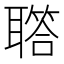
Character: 𦗧